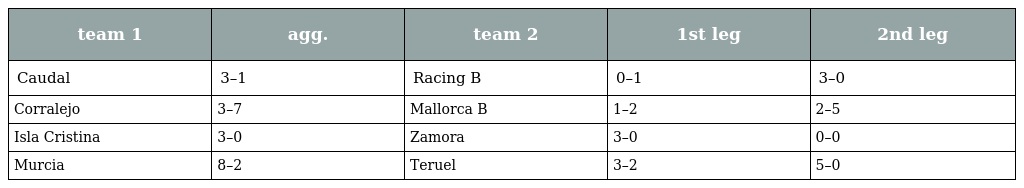
| team 1 | agg. | team 2 | 1st leg | 2nd leg |
 | --- | --- | --- | --- | --- |
 | Caudal | 3–1 | Racing B | 0–1 | 3–0 |
 | Corralejo | 3–7 | Mallorca B | 1–2 | 2–5 |
 | Isla Cristina | 3–0 | Zamora | 3–0 | 0–0 |
 | Murcia | 8–2 | Teruel | 3–2 | 5–0 |